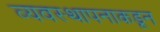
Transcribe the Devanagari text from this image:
व्यवस्थापनाकडून